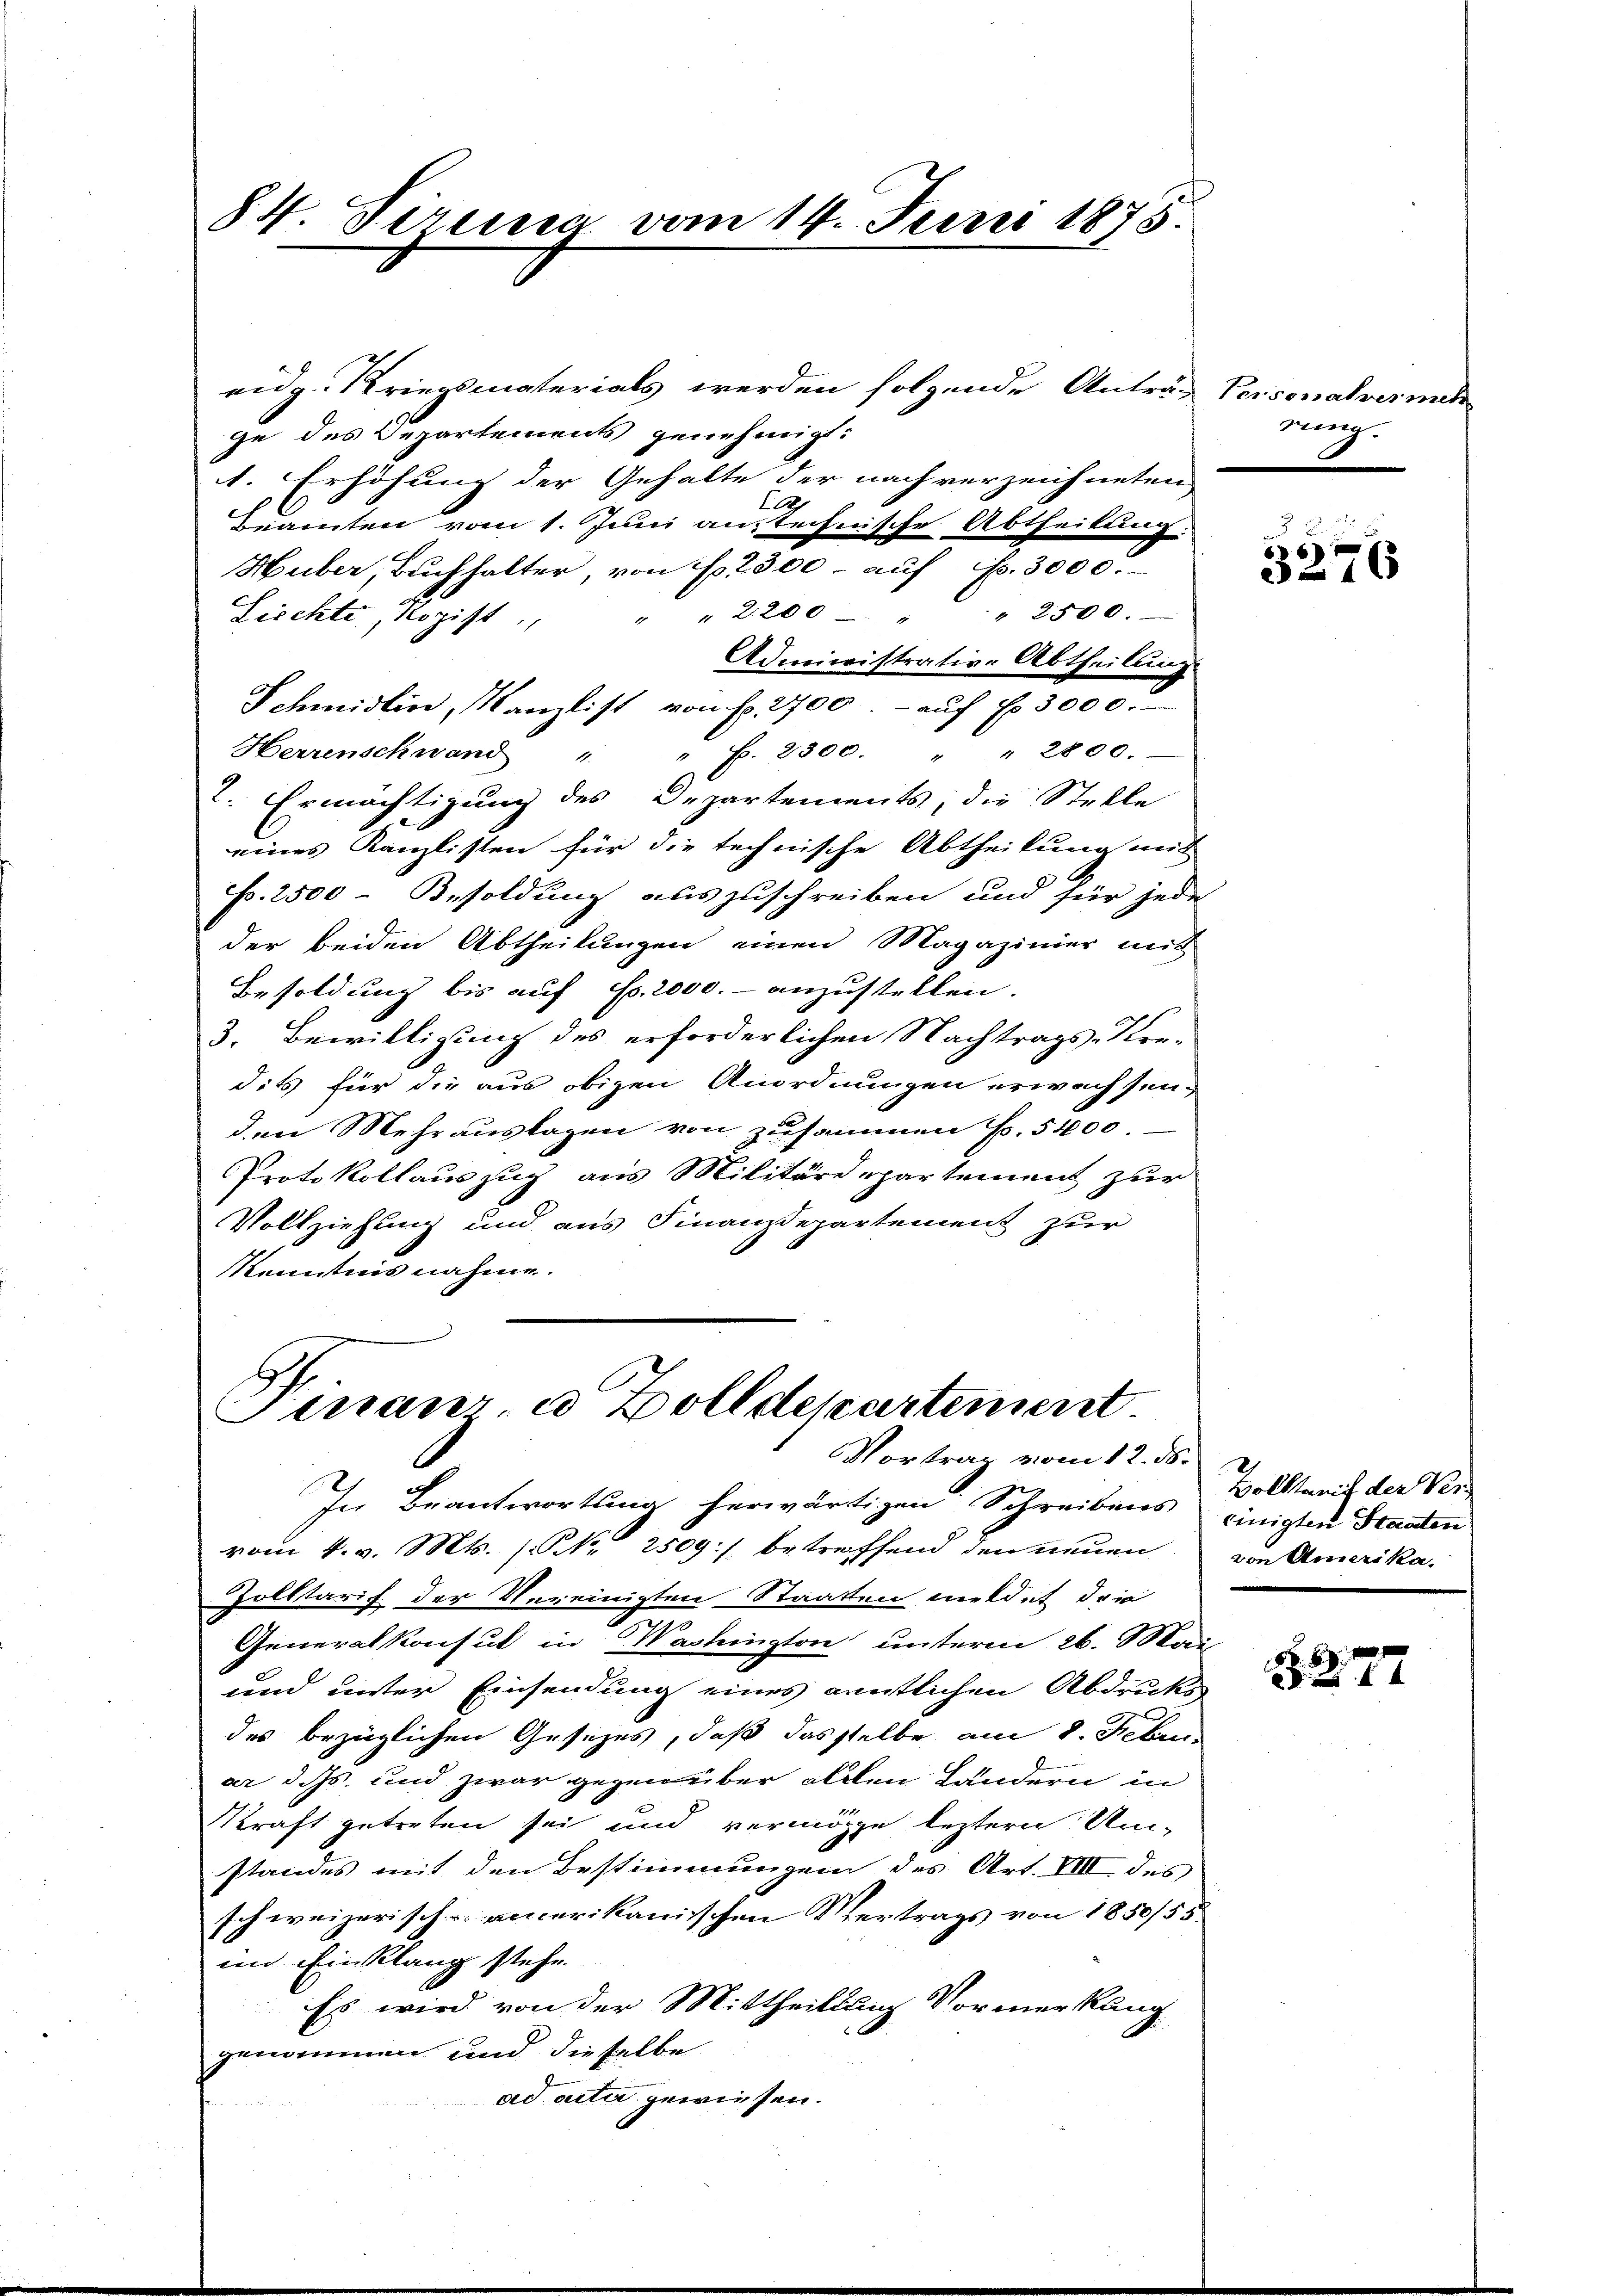
84. Piresa vom 14. Junii 1878.

eidg. Kriegsmaterials werden folgende Anträg
ge des Departements genehmigt:
1. Erhöhung der Gehalte der nach verzeichneten
B
beamten vom 1. Juni anstechnische Abtheilung:
Huber, Buchhalter von f. 2300. aŭf fr. 3000.
" 2200 " " 2500
Liechte, Rozist
Administrative Abtheilung
Schmidlin, Kanzlist von S. 2700.- auf fr. 3000.
Herrenschwand " " f. 2300. " 2800.
t. Ermächtigung des Departements; die Stelle
eines Kanzlisten für die technische Abtheilung mit
F. 2500 Besoldung auszuschreiben und für jede
der beiden Abtheilungen einen Magazinier mit
Besoldung bis auf Fr. 2000.- anzustellen.
3. Bewilligung des erforderlichen Nachtrags-Kre-
dits für die aus obigen Anordnungen erwachsen-
den Mehrauslagen von zusammen f. 5400.
Protokollauszug aus Militäre partement zur
Vollziehung und aus Finanzdepartement zur
Kenntnis nahme.

Dinauer u Zolldepartement
Vortrag vom 12. ds.

In Beantwortung herwärtigen Schreibens
vom 4. v. Mts. (Nr. 2509:/ betreffend den neuen
Zolltarif der Vereinigten Staaten meldet da
.
Generalkonsul in Washington unterm 26. Mai
und unter Einsendung eines anntlichen Abdrukt
des bezüglichen Gesezes, daß dasselbe am 8. Febru
ar dass und zwar gegenüber allen Ländern in
Kraft getreten sei und vermöge leztern Umstandes mit den Bestimmungen des Art. VIII des
schweizerisch-amerikanischen Vertrags von 1850/55.
im Einklang stehe.
Es wird von der Mittheilung Vormerkung
genommen und dieselbe
ad acta gewiesen.

Personalvermeh
rung.

2.
64
3276

Holkanis der Vereinigten Staaten
von Amerika,

8